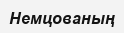
Немцованың